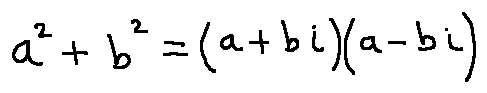
a ^ { 2 } + b ^ { 2 } = ( a + b i ) ( a - b i )